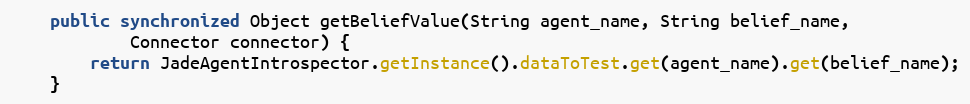
Language: Java
    public synchronized Object getBeliefValue(String agent_name, String belief_name,
            Connector connector) {
        return JadeAgentIntrospector.getInstance().dataToTest.get(agent_name).get(belief_name);
    }